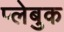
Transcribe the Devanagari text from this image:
प्लेबुक